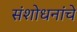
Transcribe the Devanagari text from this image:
संशोधनांचे